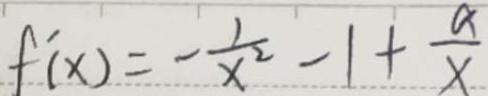
f ^ { \prime } ( x ) = - \frac { 1 } { x ^ { 2 } } - 1 + \frac { a } { x }